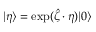
| \eta \rangle = \exp ( \hat { \zeta } \cdot \eta ) | 0 \rangle